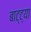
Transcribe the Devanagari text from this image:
बाट्ट्या